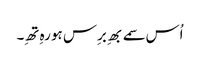
اُس سمے بھِ برِس ہو رہِ تھِ۔